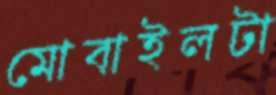
মোবাইলটা